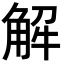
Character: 解